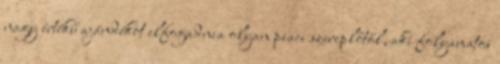
nagy értékű ajándékot elfogadnia olyan piaci szereplőtől, aki folyamatos